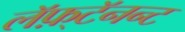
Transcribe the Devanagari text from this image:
लॅफ़्टॅनन्ट